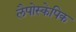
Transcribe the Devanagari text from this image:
लैपोस्केपिक